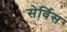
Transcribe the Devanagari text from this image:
सेर्विस